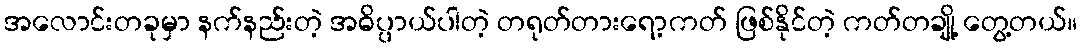
အလောင်းတခုမှာ နက်နည်းတဲ့ အဓိပ္ပာယ်ပါတဲ့ တရုတ်တားရော့ကတ် ဖြစ်နိုင်တဲ့ ကတ်တချို့ တွေ့တယ်။